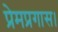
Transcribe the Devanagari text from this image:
प्रेमप्रगास।